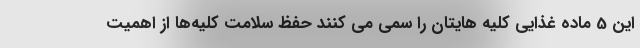
این 5 ماده غذایی کلیه هایتان را سمی می کنند حفظ سلامت کلیه‌ها از اهمیت